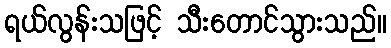
ရယ်လွန်းသဖြင့် သီးတောင်သွားသည်။